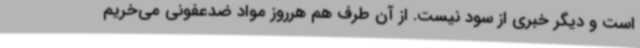
است و دیگر خبری از سود نیست. از آن طرف هم هرروز مواد ضدعفونی می‌خریم